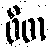
ဖီဖာ